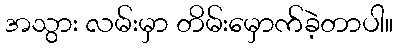
အသွား လမ်းမှာ တိမ်းမှောက်ခဲ့တာပါ။